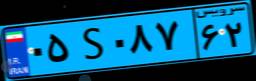
۷۴S۵۱۶۰۵